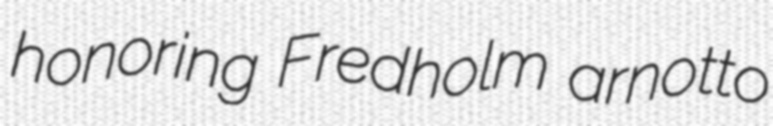
honoring Fredholm arnotto